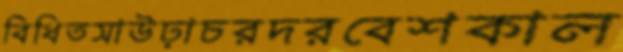
বিধিতসাউঢ়াচরদরবেশকাল